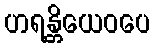
ဟရန္တိယေဝပေ